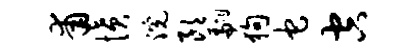
甫愤浣朗翩狗它空